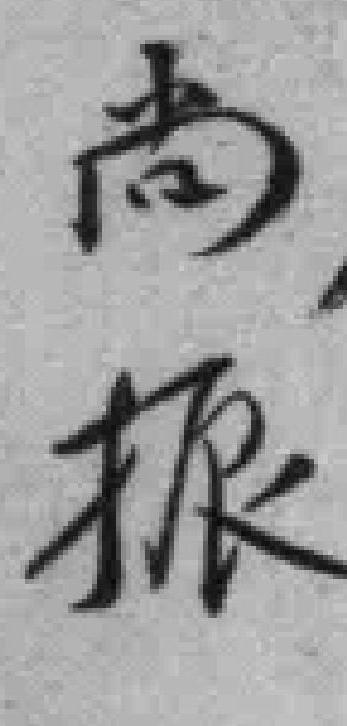
尚振